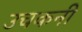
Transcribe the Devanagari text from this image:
उचकनी